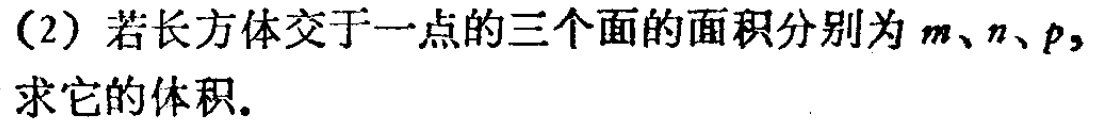
(2) 若长方体交于一点的三个面的面积分别为\(m、n、p\)，求它的体积.